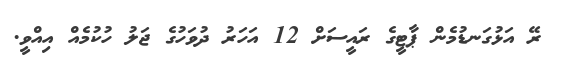
ރޭ އަޅުގަނޑުމެން ޕާޓީގެ ރައީސަށް 12 އަހަރު ދުވަހުގެ ޖަލު ހުކުމެއް އިއްވީ.